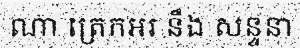
ណា ត្រេកអរ នឹង សន្ទនា